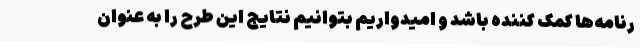
رنامه‌ها کمک کننده باشد و امیدواریم بتوانیم نتایج این طرح را به عنوان